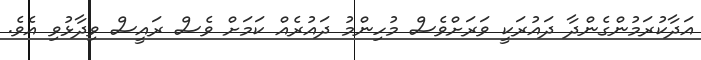
އަދާކުރަމުންގެންދާ ދައުރަކީ ވަރަށްވެސް މުހިންމު ދައުރެއް ކަމަށް ވެސް ރައީސް ވިދާޅުވި އެވެ.